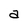
Character: a